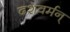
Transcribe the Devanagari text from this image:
दशवर्मन्‌